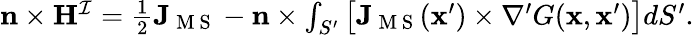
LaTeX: \begin{array}{r}{\mathbf{n}\times\mathbf{H}^{\mathcal{I}}=\frac{1}{2}\mathbf{J}_{\mathrm{~M~S~}}-\mathbf{n}\times\int_{S^{\prime}}\big[\mathbf{J}_{\mathrm{~M~S~}}(\mathbf{x}^{\prime})\times\nabla^{\prime}G(\mathbf{x},\mathbf{x}^{\prime})\big]dS^{\prime}.}\end{array}